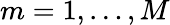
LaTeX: m=1,\dots,M